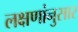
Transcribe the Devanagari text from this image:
लक्षणांनुसार